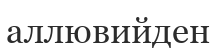
аллювийден